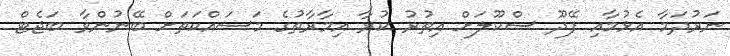
ނަރުދަމާ އެޅުމާއި ފޭދޫ ސްކޫލަށް އިތުރު ކުރާ އިމާރާތުގެ މަސައްކަތަށް ބޭނުންވާ ބަޖެޓް